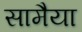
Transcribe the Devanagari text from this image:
सामैया